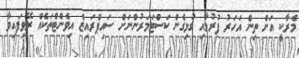
މެރާކީ އަށް ތިން އަހަރު ފުރުމާއި ގުޅިގެން ކަސްޓަމަރުންނަށް ސައިޕްރައިޒް އިވެންޓްތަކެއް ރޭވިފައިވާ